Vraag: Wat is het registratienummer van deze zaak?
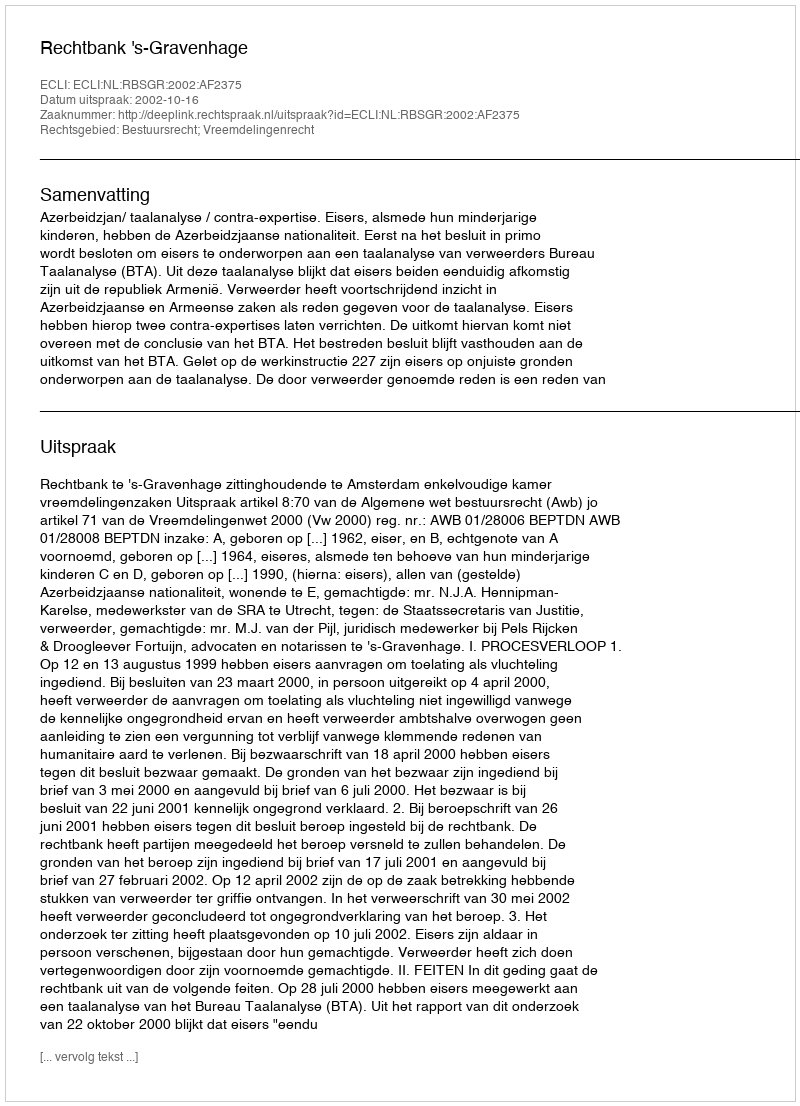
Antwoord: http://deeplink.rechtspraak.nl/uitspraak?id=ECLI:NL:RBSGR:2002:AF2375